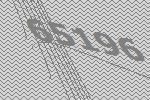
65196